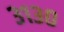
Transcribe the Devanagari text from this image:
३१३०